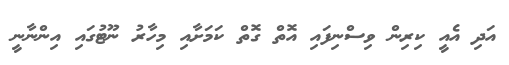
އަދި އެއީ ކިރިން ވިސްނިފައި އޮތް ގޮތް ކަމަށާއި މިހާރު ނޫޓުގައި އިންނާނީ